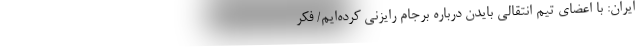
ایران: با اعضای تیم انتقالی بایدن درباره برجام رایزنی کرده‌ایم/ فکر